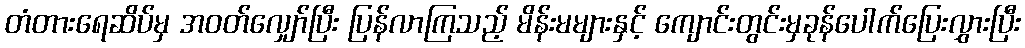
တံတားရေဆိပ်မှ အဝတ်လျှော်ပြီး ပြန်လာကြသည့် မိန်းမများနှင့် ကျောင်းတွင်းမှခုန်ပေါက်ပြေးလွှားပြီး